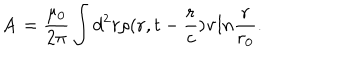
{ \bf A } = { \frac { \mu _ { 0 } } { 2 \pi } } \int d ^ { 2 } r \rho ( { \bf r } , t - { \frac { r } { c } } ) { \bf v } l n { \frac { r } { r _ { 0 } } } .